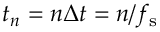
t _ { n } = n \Delta t = n / f _ { \mathrm { s } }